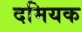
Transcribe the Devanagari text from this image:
दमियक